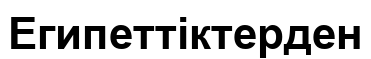
Египеттіктерден